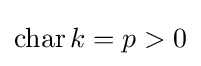
\operatorname {char} k=p>0